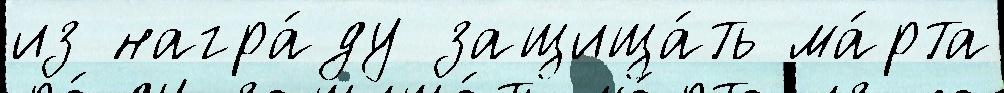
из награ́ду защища́ть ма́рта